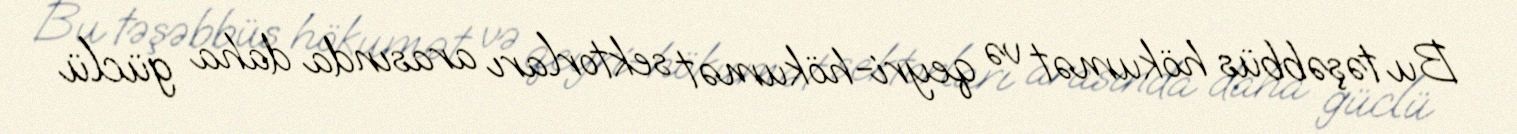
Bu təşəbbüs hökumət və qeyri-hökumət sektorları arasında daha güclü